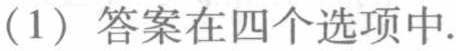
(1) 答案在四个选项中.